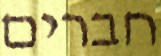
חברים